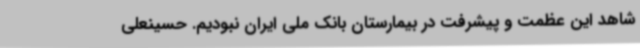
شاهد این عظمت و پیشرفت در بیمارستان بانک ملی ایران نبودیم. حسینعلی